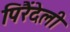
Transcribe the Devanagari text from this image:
पिरैंदेली